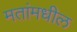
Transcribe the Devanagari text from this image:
मतांमधील